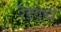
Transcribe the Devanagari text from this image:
रेड्याचे